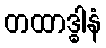
တထာဒ္ဓါနံ